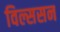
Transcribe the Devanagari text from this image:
विल्ससन